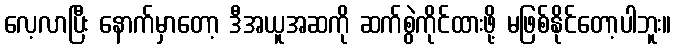
လေ့လာပြီး နောက်မှာတော့ ဒီအယူအဆကို ဆက်စွဲကိုင်ထားဖို့ မဖြစ်နိုင်တော့ပါဘူး။